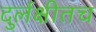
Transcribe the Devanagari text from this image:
दुर्लक्षीतच